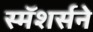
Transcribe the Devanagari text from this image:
स्मॅशर्सने